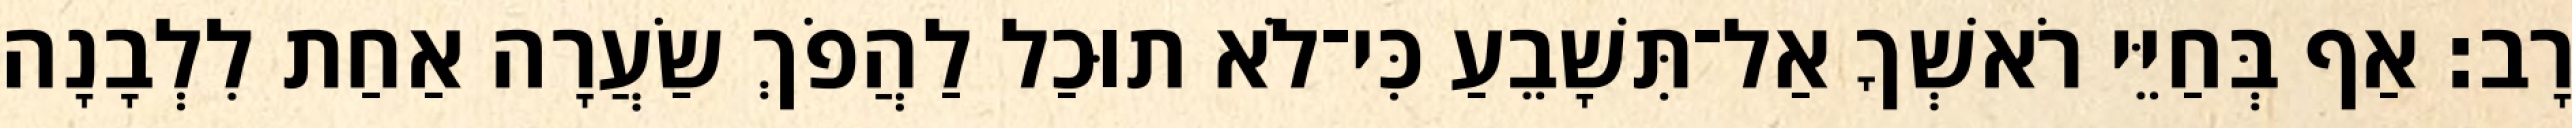
רָב׃ אַף בְּחַיֵּי רֹאשְׁךָ אַל־תִּשָׁבֵעַ כִּי־לֹא תוּכַל לַהֲפֹךְ שַׂעֲרָה אַחַת לִלְבָנָה